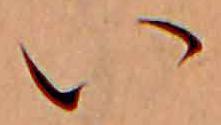
い